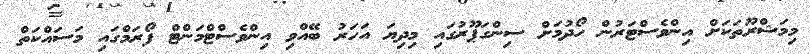
މިމަޝްރޫތަކަށް އިންވެސްޓަރުން ހޯދުމަށް ސިންގަޕޫރުގައި މިދިޔަ އަހަރު ބޭއްވި އިންވެސްޓްމަންޓް ފޯރަމްގައި މަސައްކަތް